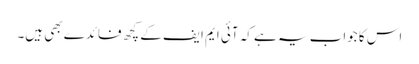
اس کا جواب یہ ہے کہ آئی ایم ایف کے کچھ فائدے بھی ہیں۔